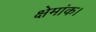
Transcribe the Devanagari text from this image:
क्षेमांक।